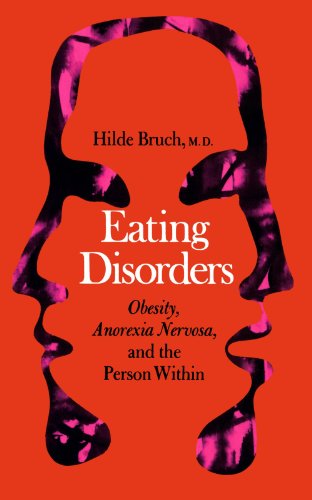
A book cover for Eating Disorders: Obesity, Anorexia Nervosa, And The Person Within; Hilde Bruch; Health, Fitness & Dieting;